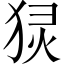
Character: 𬌴